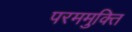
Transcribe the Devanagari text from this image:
परममुक्ति